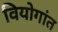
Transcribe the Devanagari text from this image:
वियोगांत